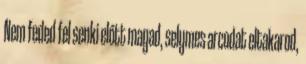
Nem feded fel senki előtt magad, selymes arcodat eltakarod,